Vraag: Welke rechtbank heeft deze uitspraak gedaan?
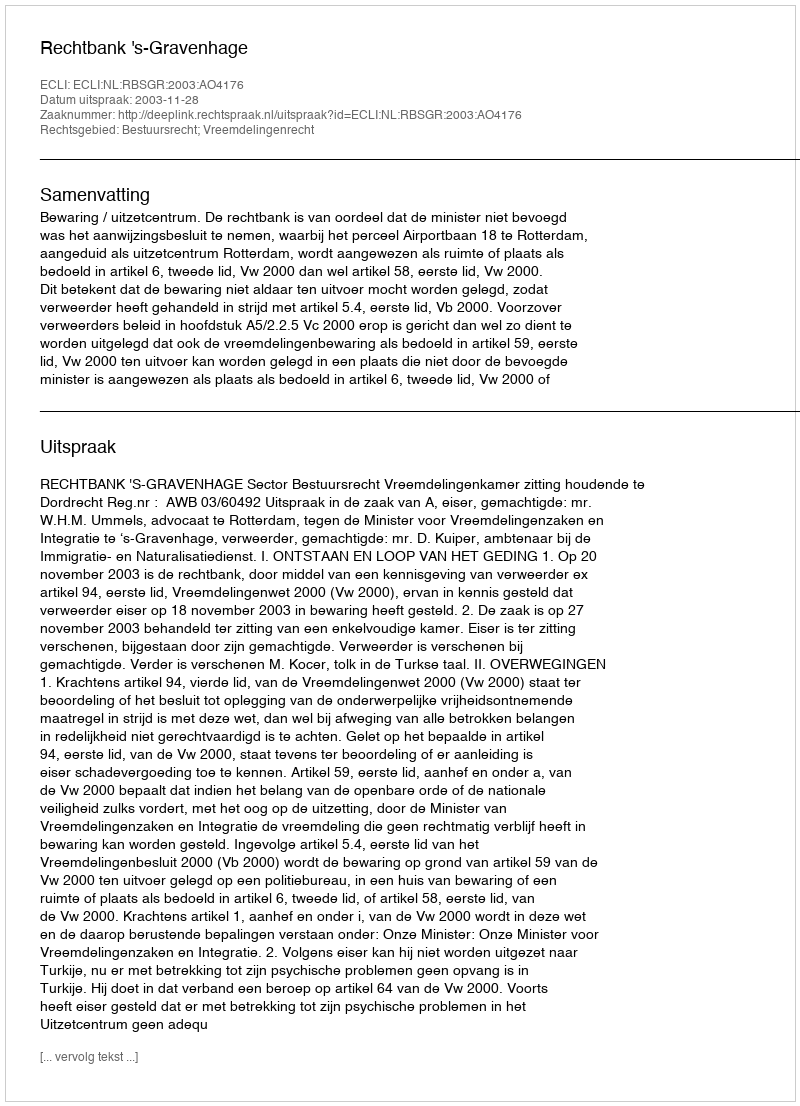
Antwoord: Rechtbank 's-Gravenhage